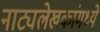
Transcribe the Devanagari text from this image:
नाट्यलेखकांमध्ये